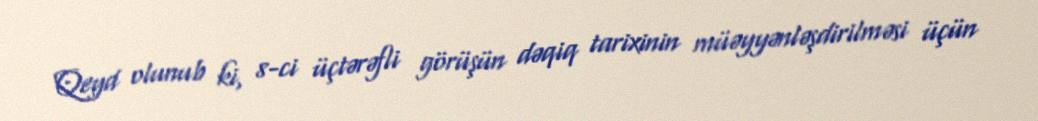
Qeyd olunub ki, 8-ci üçtərəfli görüşün dəqiq tarixinin müəyyənləşdirilməsi üçün